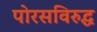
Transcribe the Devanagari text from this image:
पोरसविरुद्ध